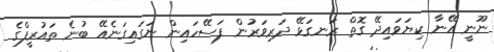
ނޫނީ އޭނާ ކިޔަވައިދޭ ގޮތް ރަނގަޅޭ ދަރިވަރުން ފަސޭހައިން ނަގައިގަނެއޭ ބުނެ ތައުރީފްގެ